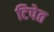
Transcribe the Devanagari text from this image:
टिपेत